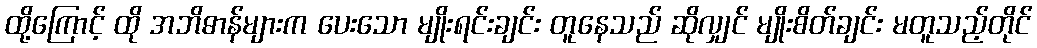
ထို့ကြောင့် ထို အဘိဓာန်များက ပေးသော မျိုးရင်းချင်း တူနေသည် ဆိုလျှင် မျိုးစိတ်ချင်း မတူသည့်တိုင်